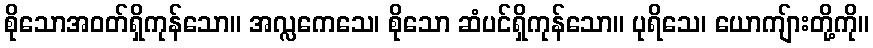
စိုသောအဝတ်ရှိကုန်သော။ အလ္လကေသေ၊ စိုသော ဆံပင်ရှိကုန်သော။ ပုရိသေ၊ ယောကျ်ားတို့ကို။